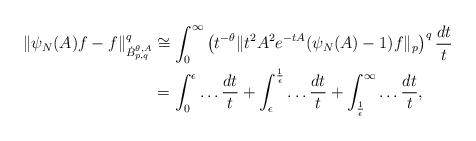
LaTeX: \begin{align*}\|\psi_N(A)f - f \|_{\dot{B}^{\theta,A}_{p,q}}^q & \cong \int_0^\infty \left( t^{-\theta} \| t^2 A^2 e^{-tA} (\psi_N(A) - 1) f\|_p \right)^q \frac{dt}{t} \\& = \int_0^\epsilon \ldots \frac{dt}{t} + \int_\epsilon^{\frac{1}{\epsilon}} \ldots \frac{dt}{t} + \int_{\frac{1}{\epsilon}}^\infty \ldots \frac{dt}{t},\end{align*}